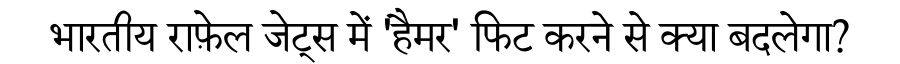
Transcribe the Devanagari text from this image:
भारतीय राफ़ेल जेट्स में 'हैमर' फिट करने से क्या बदलेगा?